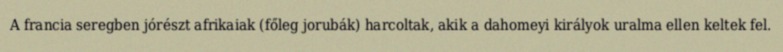
A francia seregben jórészt afrikaiak (főleg jorubák) harcoltak, akik a dahomeyi királyok uralma ellen keltek fel.